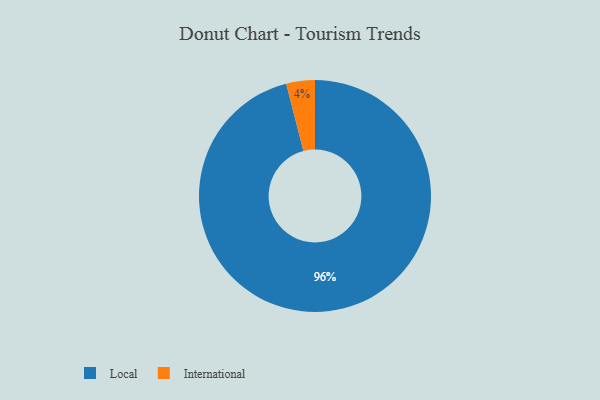
{"axis": {"x": "Category", "y": "Percentage"}, "legend": ["International", "Local"], "data": [{"x": "Local", "y": 96, "type": "Local"}, {"x": "International", "y": 4, "type": "International"}]}